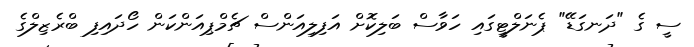
ސީ ގެ "ދަނގަޑޭ" ޕެނަލްޓީގައި ހަވާސް ބަލިކޮށް އަފިލިއަންސް ޗެމްޕިއަންކަން ހޯދައިފި ބްރެޒިލްގެ